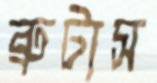
ব্রুটাস